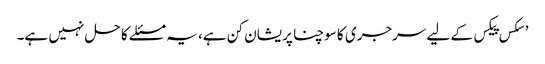
’سکس پیکس کے لیے سرجری کا سوچنا پریشان کن ہے، یہ مسئلے کا حل نہیں ہے۔